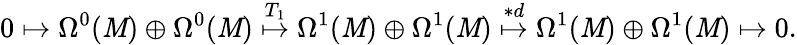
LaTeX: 0\mapsto\Omega^{0}(\mathit{M})\oplus\Omega^{0}(\mathit{M})\stackrel{T_{1}}{\mapsto}\Omega^{1}(\mathit{M})\oplus\Omega^{1}(\mathit{M})\stackrel{*d}{\mapsto}\Omega^{1}(\mathit{M})\oplus\Omega^{1}(\mathit{M})\mapsto0.